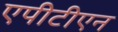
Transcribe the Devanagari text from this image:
एपीटीएन